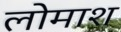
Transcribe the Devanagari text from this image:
लोमाश